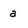
Character: a